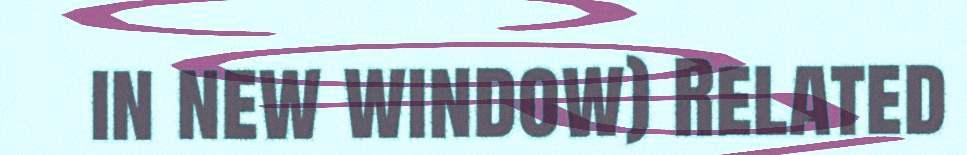
in new window) Related